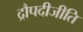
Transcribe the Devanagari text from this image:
द्रौपदीजीति